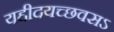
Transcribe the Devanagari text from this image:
यद्दीदयच्छवसऽ